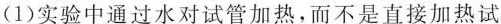
(1)实验中通过水对试管加热，而不是直接加热试